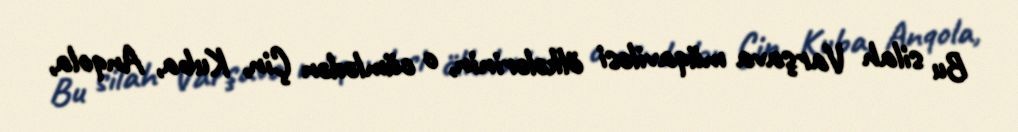
Bu silah Varşava müqaviləsi ölkələrinin, o cümlədən Çin, Kuba, Anqola,